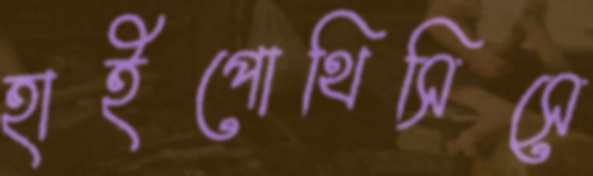
হাইপোথিসিসে